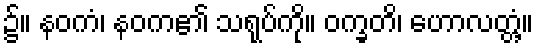
၌။ နဝကံ၊ နဝက၏ သရုပ်ကို။ ဝက္ခတိ၊ ဟောလတ္တံ့။